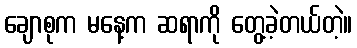
ချောစုက မနေ့က ဆရာကို တွေ့ခဲ့တယ်တဲ့။